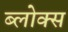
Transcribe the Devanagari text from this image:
ब्लोक्स